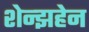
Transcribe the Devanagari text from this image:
शेन्झहेन